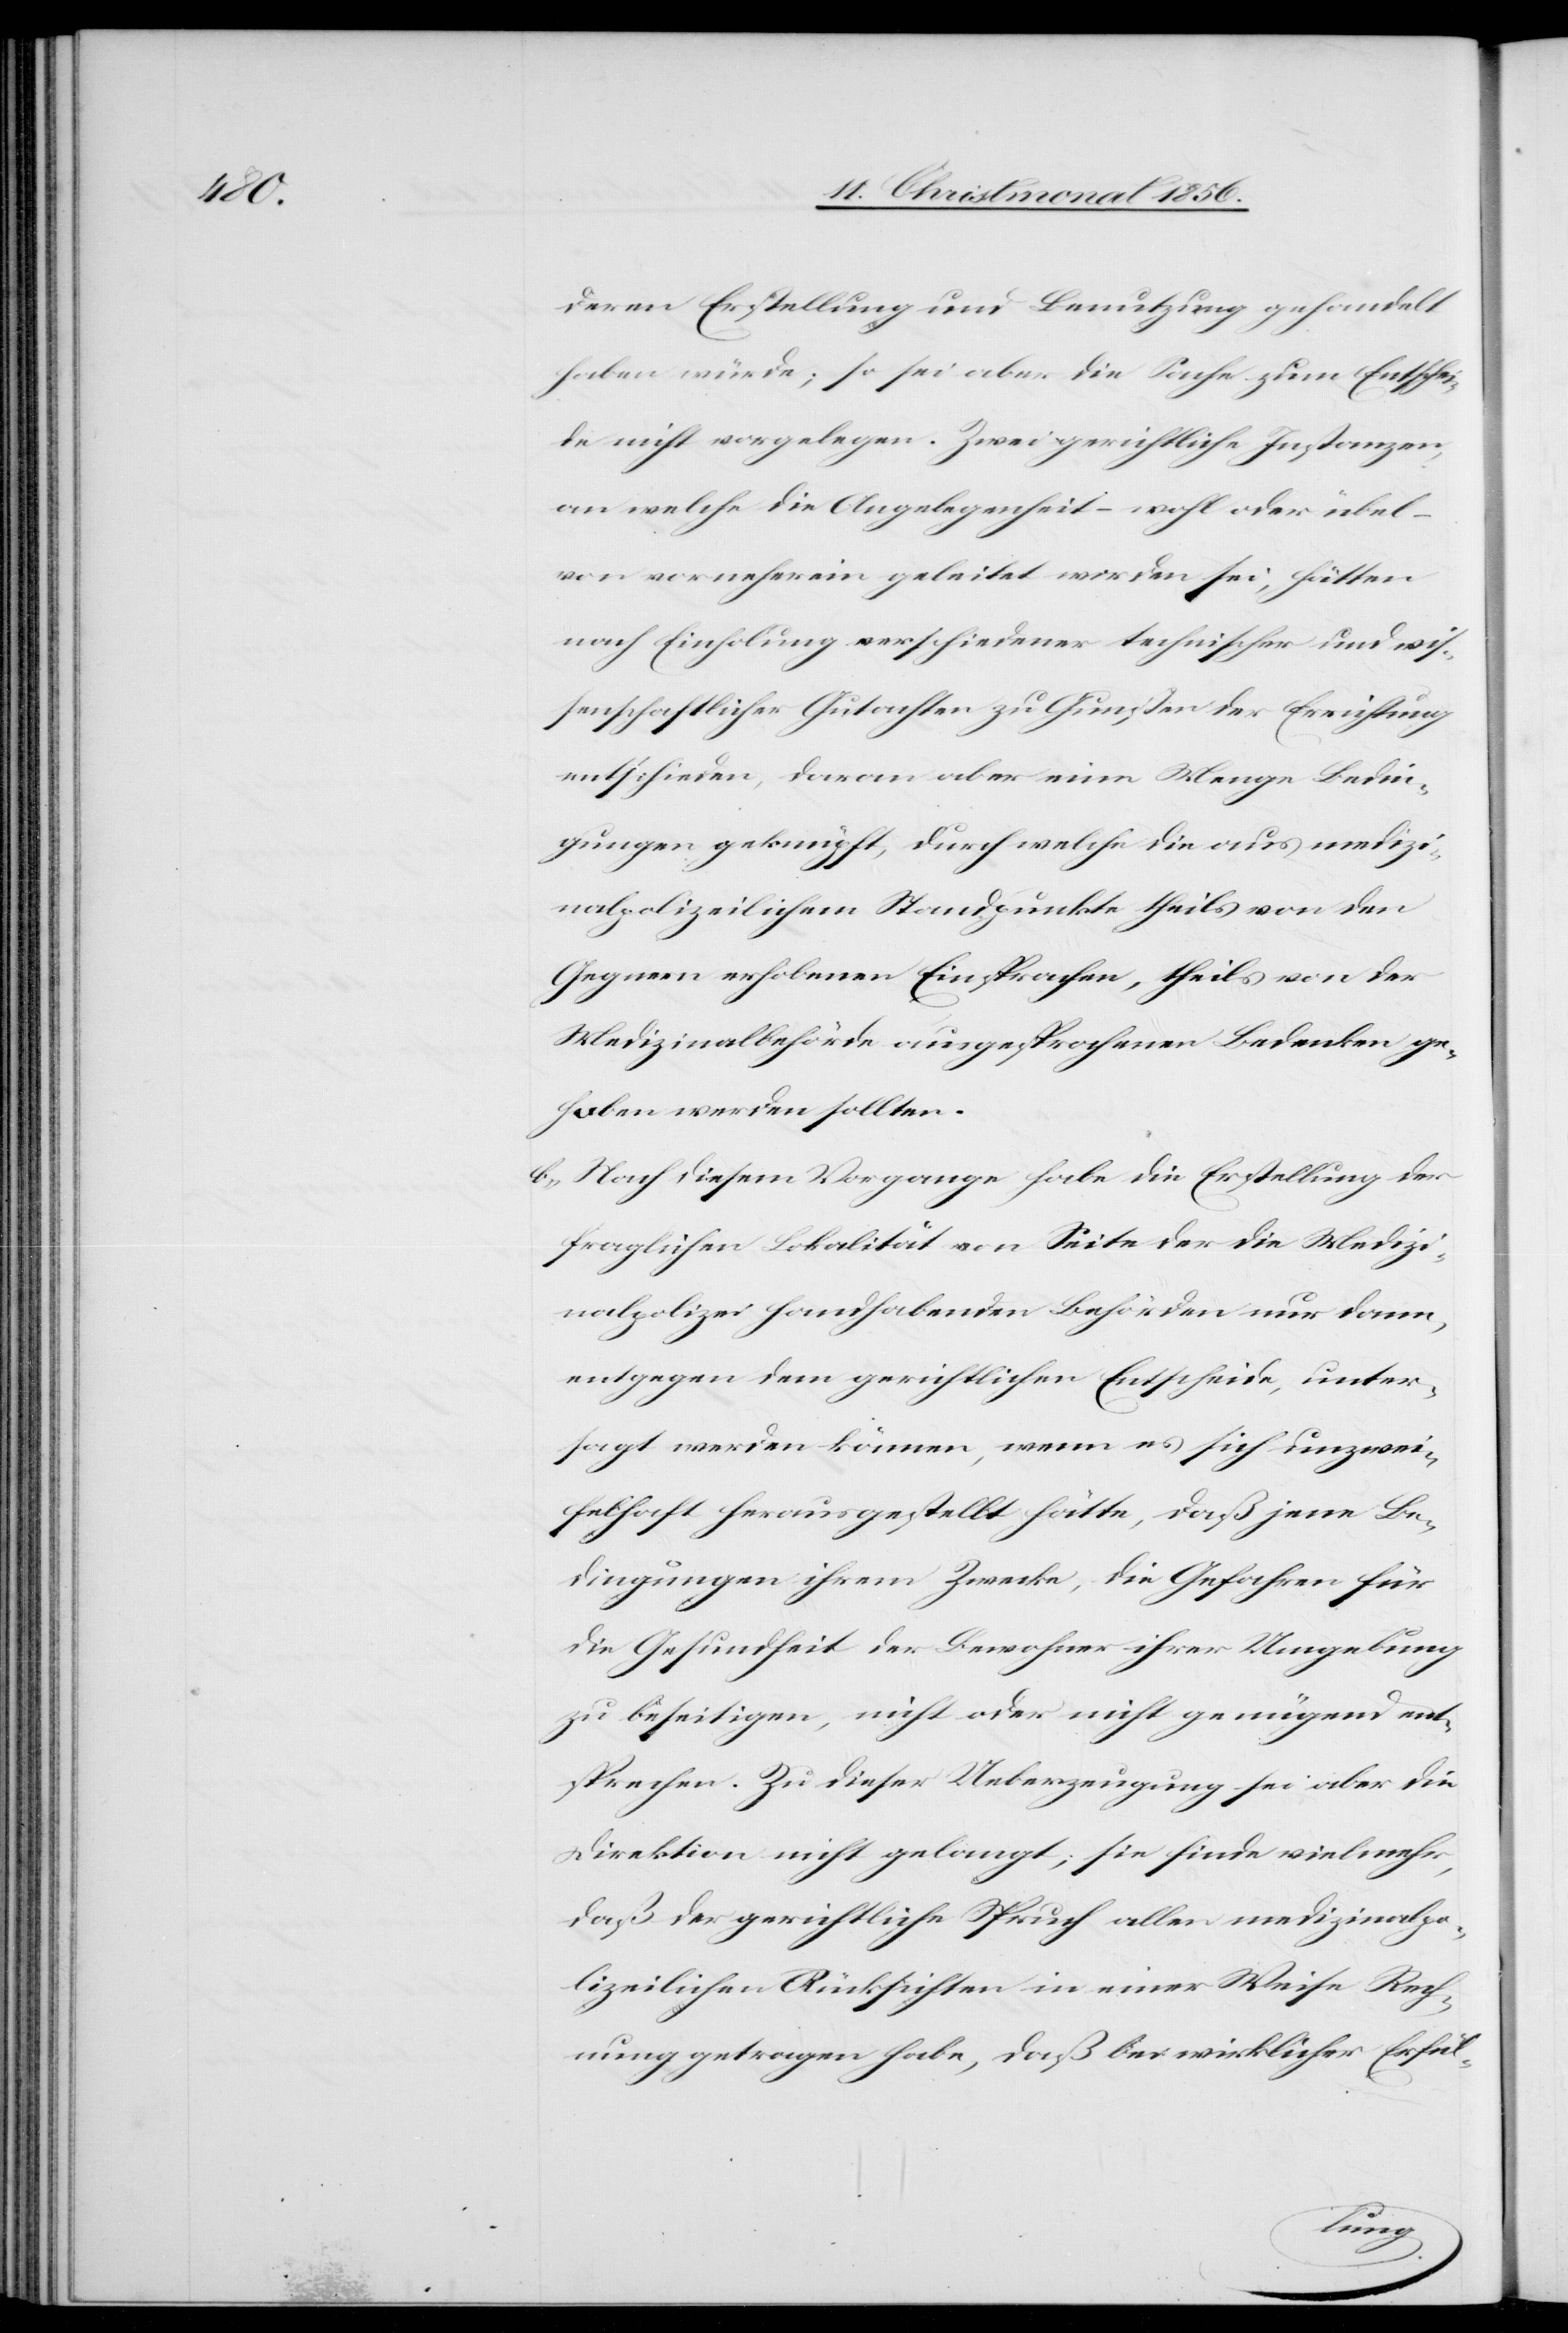
deren Erstellung und Benutzung gehandelt
haben würde; so sei aber die Sache zum Entschei¬
de nicht vorgelegen. Zwei gerichtliche Instanzen,
an welche die Angelegenheit – wohl oder übel –
von vorneherein geleitet worden sei, hätten
nach Einholung verschiedener technischer und wis¬
senschaftlicher Gutachten zu Gunsten der Errichtung
entschieden, daran aber eine Menge Bedin¬
gungen geknüpft, durch welche die aus medizi¬
nalpolizeilichem Standpunkte theils von den
Gegnern erhobenen Einsprachen, theils von der
Medizinalbehörde ausgesprochenen Bedenken ge¬
hoben werden sollten.
b.) Nach diesem Vorgange habe die Erstellung der
fraglichen Lokalität von Seite der die Medizi¬
nalpolizei handhabenden Behörden nur dann,
entgegen dem gerichtlichen Entscheide, unter¬
sagt werden können, wenn es sich unzwei¬
felhaft herausgestellt hätte, daß jene Be¬
dingungen ihrem Zwecke, die Gefahren für
die Gesundheit der Bewohner ihrer Umgebung
zu beseitigen, nicht oder nicht genügend ent¬
sprechen. Zu dieser Ueberzeugung sei aber die
Direktion nicht gelangt; sie finde vielmehr,
daß der gerichtliche Spruch allen medizinalpo¬
lizeilichen Rücksichten in einer Weise Rech¬
nung getragen habe, daß bei wirklicher Erfül-